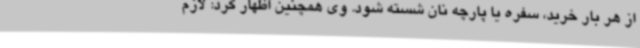
از هر بار خرید، سفره یا پارچه نان شسته شود. وی همچنین اظهار کرد: لازم